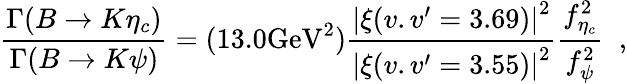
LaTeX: \frac{\Gamma(B\rightarrow K\eta_{c})}{\Gamma(B\rightarrow K\psi)}=(13.0\mathrm{GeV^{2}})\frac{{\vert\xi(v.v^{\prime}=3.69)\vert}^{2}}{{\vert\xi(v.v^{\prime}=3.55)\vert}^{2}}\frac{f_{\eta_{c}}^{2}}{f_{\psi}^{2}}\; \; ,